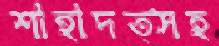
শাহাদত্সহ